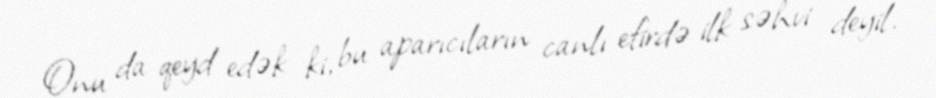
Onu da qeyd edək ki, bu aparıcıların canlı efirdə ilk səhvi deyil.